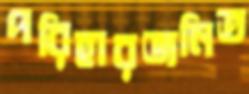
পরিহারজনিত